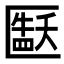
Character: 𫧘